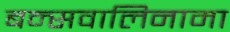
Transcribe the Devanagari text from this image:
बन्सवालिनामा